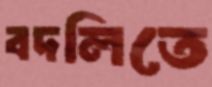
বদলিতে